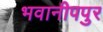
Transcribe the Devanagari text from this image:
भवानीपपुर